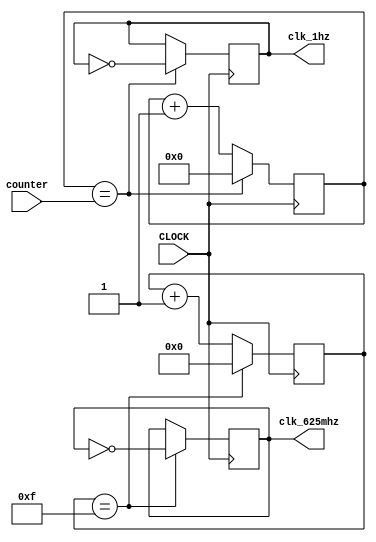
`timescale 1ns / 1ps
//////////////////////////////////////////////////////////////////////////////////
// Company: 
// Engineer: 
// 
// Design Name: 
// Module Name: clocks
// Project Name: 
// Target Devices: 
// Tool Versions: 
// Description: 
// 
// Dependencies: 
// 
// Revision:
// Revision 0.01 - File Created
// Additional Comments:
// 
//////////////////////////////////////////////////////////////////////////////////


module clocks(
    input CLOCK,
    input [25:0] counter,
    output reg clk_1hz, 
    output reg clk_625mhz
    );
    initial begin
        clk_1hz <= 0; 
        clk_625mhz <= 0;
    end
    reg [25:0] counter_1hz = 0; 
    reg [4:0] counter_625mhz = 0;
    always @(posedge CLOCK) begin
    
        counter_1hz <= counter_1hz + 1;
        counter_625mhz <= counter_625mhz + 1;
        if (counter_1hz == counter) begin //set to 0.1hz
            counter_1hz <= 0;
            clk_1hz <= ~clk_1hz;
        end
        if (counter_625mhz == 15) begin
            counter_625mhz <= 0;
            clk_625mhz <= ~clk_625mhz;
        end
    
    end        
    
endmodule